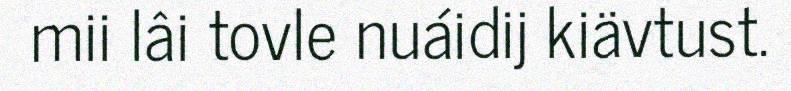
mii lâi tovle nuáidij kiävtust.